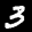
Label: 3